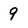
Character: 9